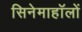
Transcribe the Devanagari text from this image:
सिनेमाहॉलों